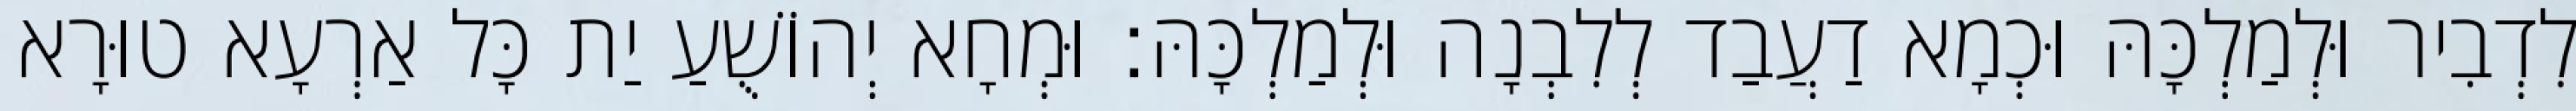
לִדְבִיר וּלְמַלְכָּהּ וּכְמָא דַעֲבַד לְלִבְנָה וּלְמַלְכָּהּ׃ וּמְחָא יְהוֹשֻׁעַ יַת כָּל אַרְעָא טוּרָא